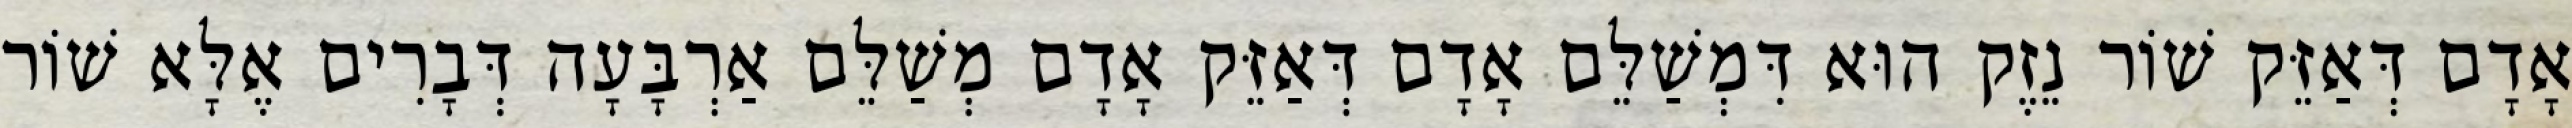
אָדָם דְּאַזֵּק שׁוֹר נֵזֶק הוּא דִּמְשַׁלֵּם אָדָם דְּאַזֵּק אָדָם מְשַׁלֵּם אַרְבָּעָה דְּבָרִים אֶלָּא שׁוֹר